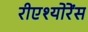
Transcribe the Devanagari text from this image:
रीएश्योरेंस